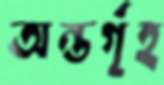
অন্তর্গৃহ